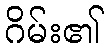
ဂိမ်း၏